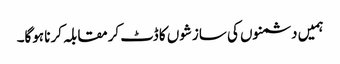
ہمیں دشمنوں کی سازشوں کا ڈٹ کرمقابلہ کرنا ہوگا۔